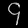
Digit: ၄